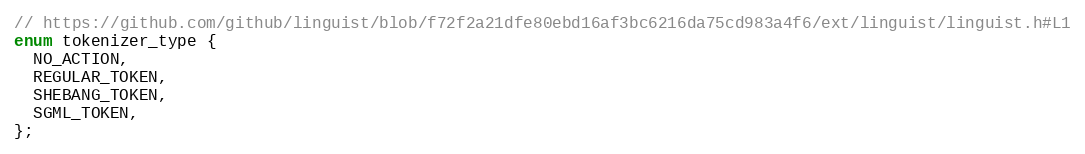
Language: C
// https://github.com/github/linguist/blob/f72f2a21dfe80ebd16af3bc6216da75cd983a4f6/ext/linguist/linguist.h#L1
enum tokenizer_type {
  NO_ACTION,
  REGULAR_TOKEN,
  SHEBANG_TOKEN,
  SGML_TOKEN,
};